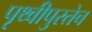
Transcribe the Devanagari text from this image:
पृथ्वीपुरतेच